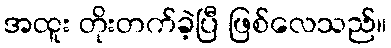
အထူး တိုးတက်ခဲ့ပြီ ဖြစ်လေသည်။